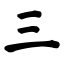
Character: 三